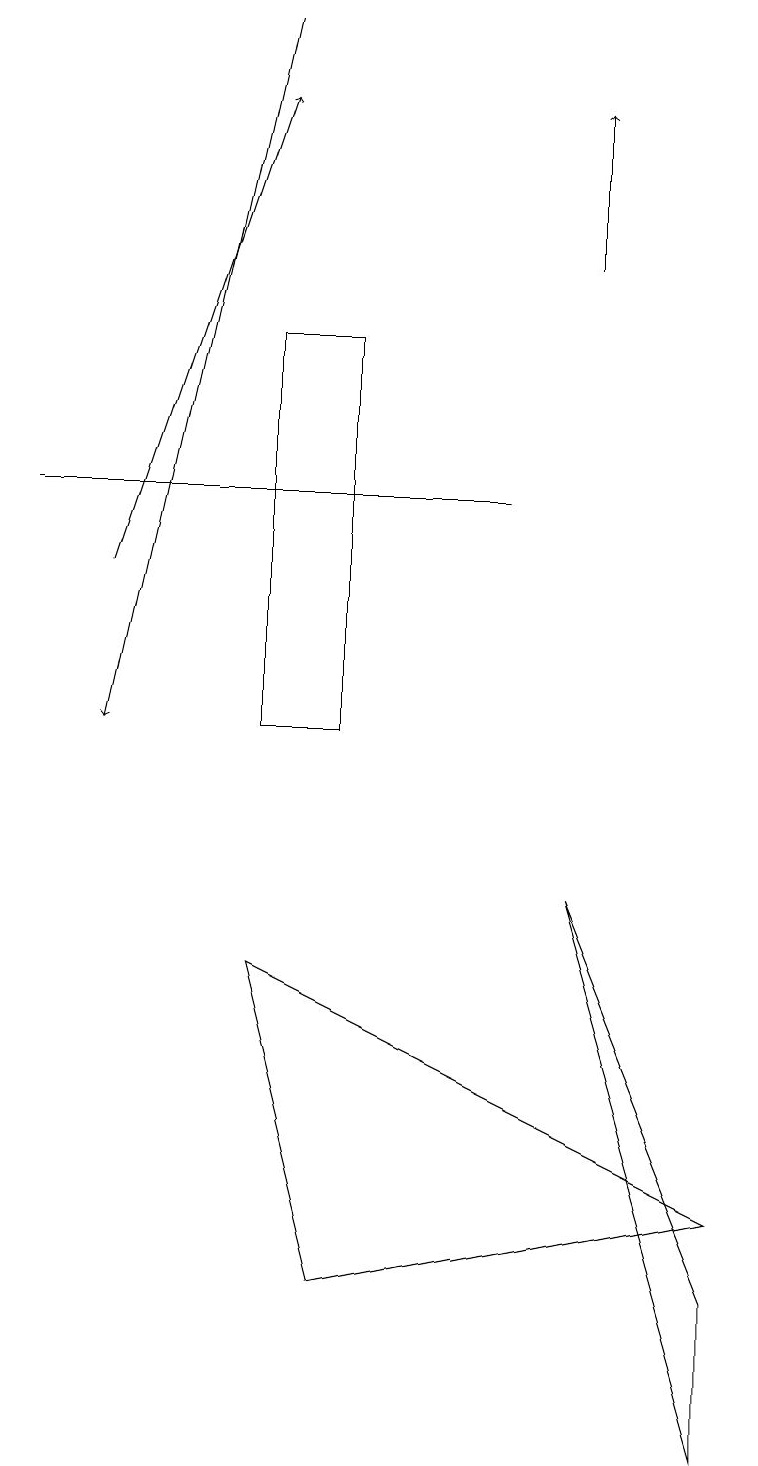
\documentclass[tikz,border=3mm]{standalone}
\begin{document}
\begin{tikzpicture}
\draw (9,4) -- (3,7) -- (4,3) -- cycle;
\draw[->] (7,16) -- (7,18);
\draw (7,8) -- (9,1) -- (9,3) -- cycle;
\draw (6,13) rectangle (0,13);
\draw[->] (1,12) -- (3,18);
\draw (4,10) rectangle (3,15);
\draw[->] (3,19) -- (1,10);
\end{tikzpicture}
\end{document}